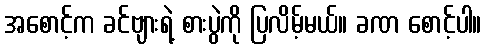
အစောင့်က ခင်ဗျားရဲ့ စားပွဲကို ပြလိမ့်မယ်။ ခဏ စောင့်ပါ။